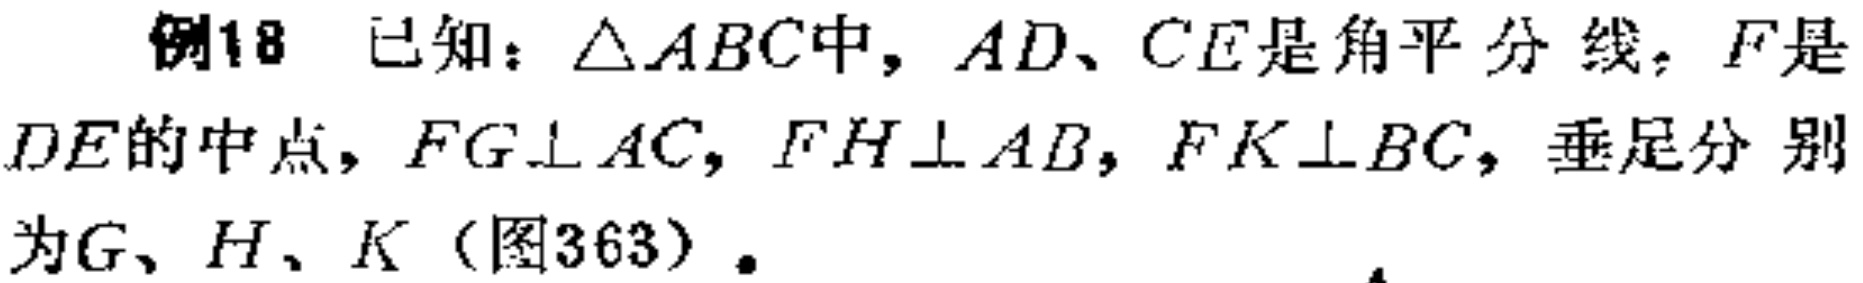
例18 已知：\(\triangle ABC\)中，\(AD、CE\)是角平分线，\(F\)是\(DE\)的中点，\(FG\perp AC\)，\(FH\perp AB\)，\(FK\perp BC\)，垂足分别为\(G、H、K\)（图363）。